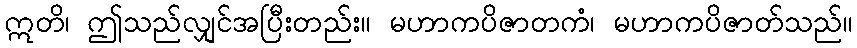
ဣတိ၊ ဤသည်လျှင်အပြီးတည်း။ မဟာကပိဇာတကံ၊ မဟာကပိဇာတ်သည်။